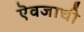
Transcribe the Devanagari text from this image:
ऎवजाची